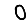
Digit: 0